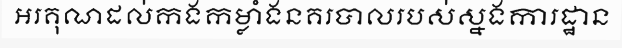
អរគុណដល់កងកម្លាំងនគរបាលរបស់ស្នងការដ្ឋាន